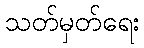
သတ်မှတ်ရေး